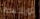
أوركسترا